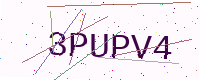
Text: 3PUPV4